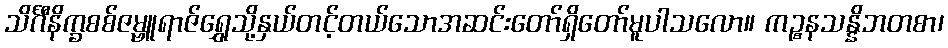
သိင်္ဂီနိက္ခစစ်ဇမ္ဗူရာဇ်ရွှေသို့နှယ်တင့်တယ်သောအဆင်းတော်ရှိတော်မူပါသလော။ ကဉ္စနသန္နိဘတစာ၊